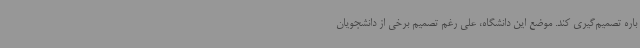
باره تصمیم‌گیری کند. موضع این دانشگاه، علی رغم تصمیم برخی از دانشجویان